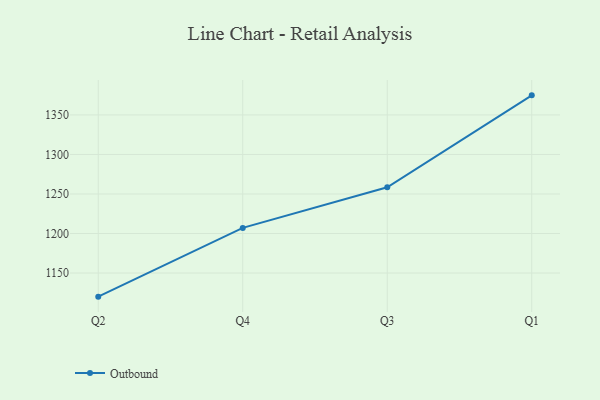
{"axis": {"x": "Quarter", "y": "Net Income (USD K)"}, "legend": ["Outbound"], "data": [{"x": "Q2", "y": 1120.1, "type": "Outbound"}, {"x": "Q4", "y": 1207.1, "type": "Outbound"}, {"x": "Q3", "y": 1258.5, "type": "Outbound"}, {"x": "Q1", "y": 1374.8, "type": "Outbound"}]}